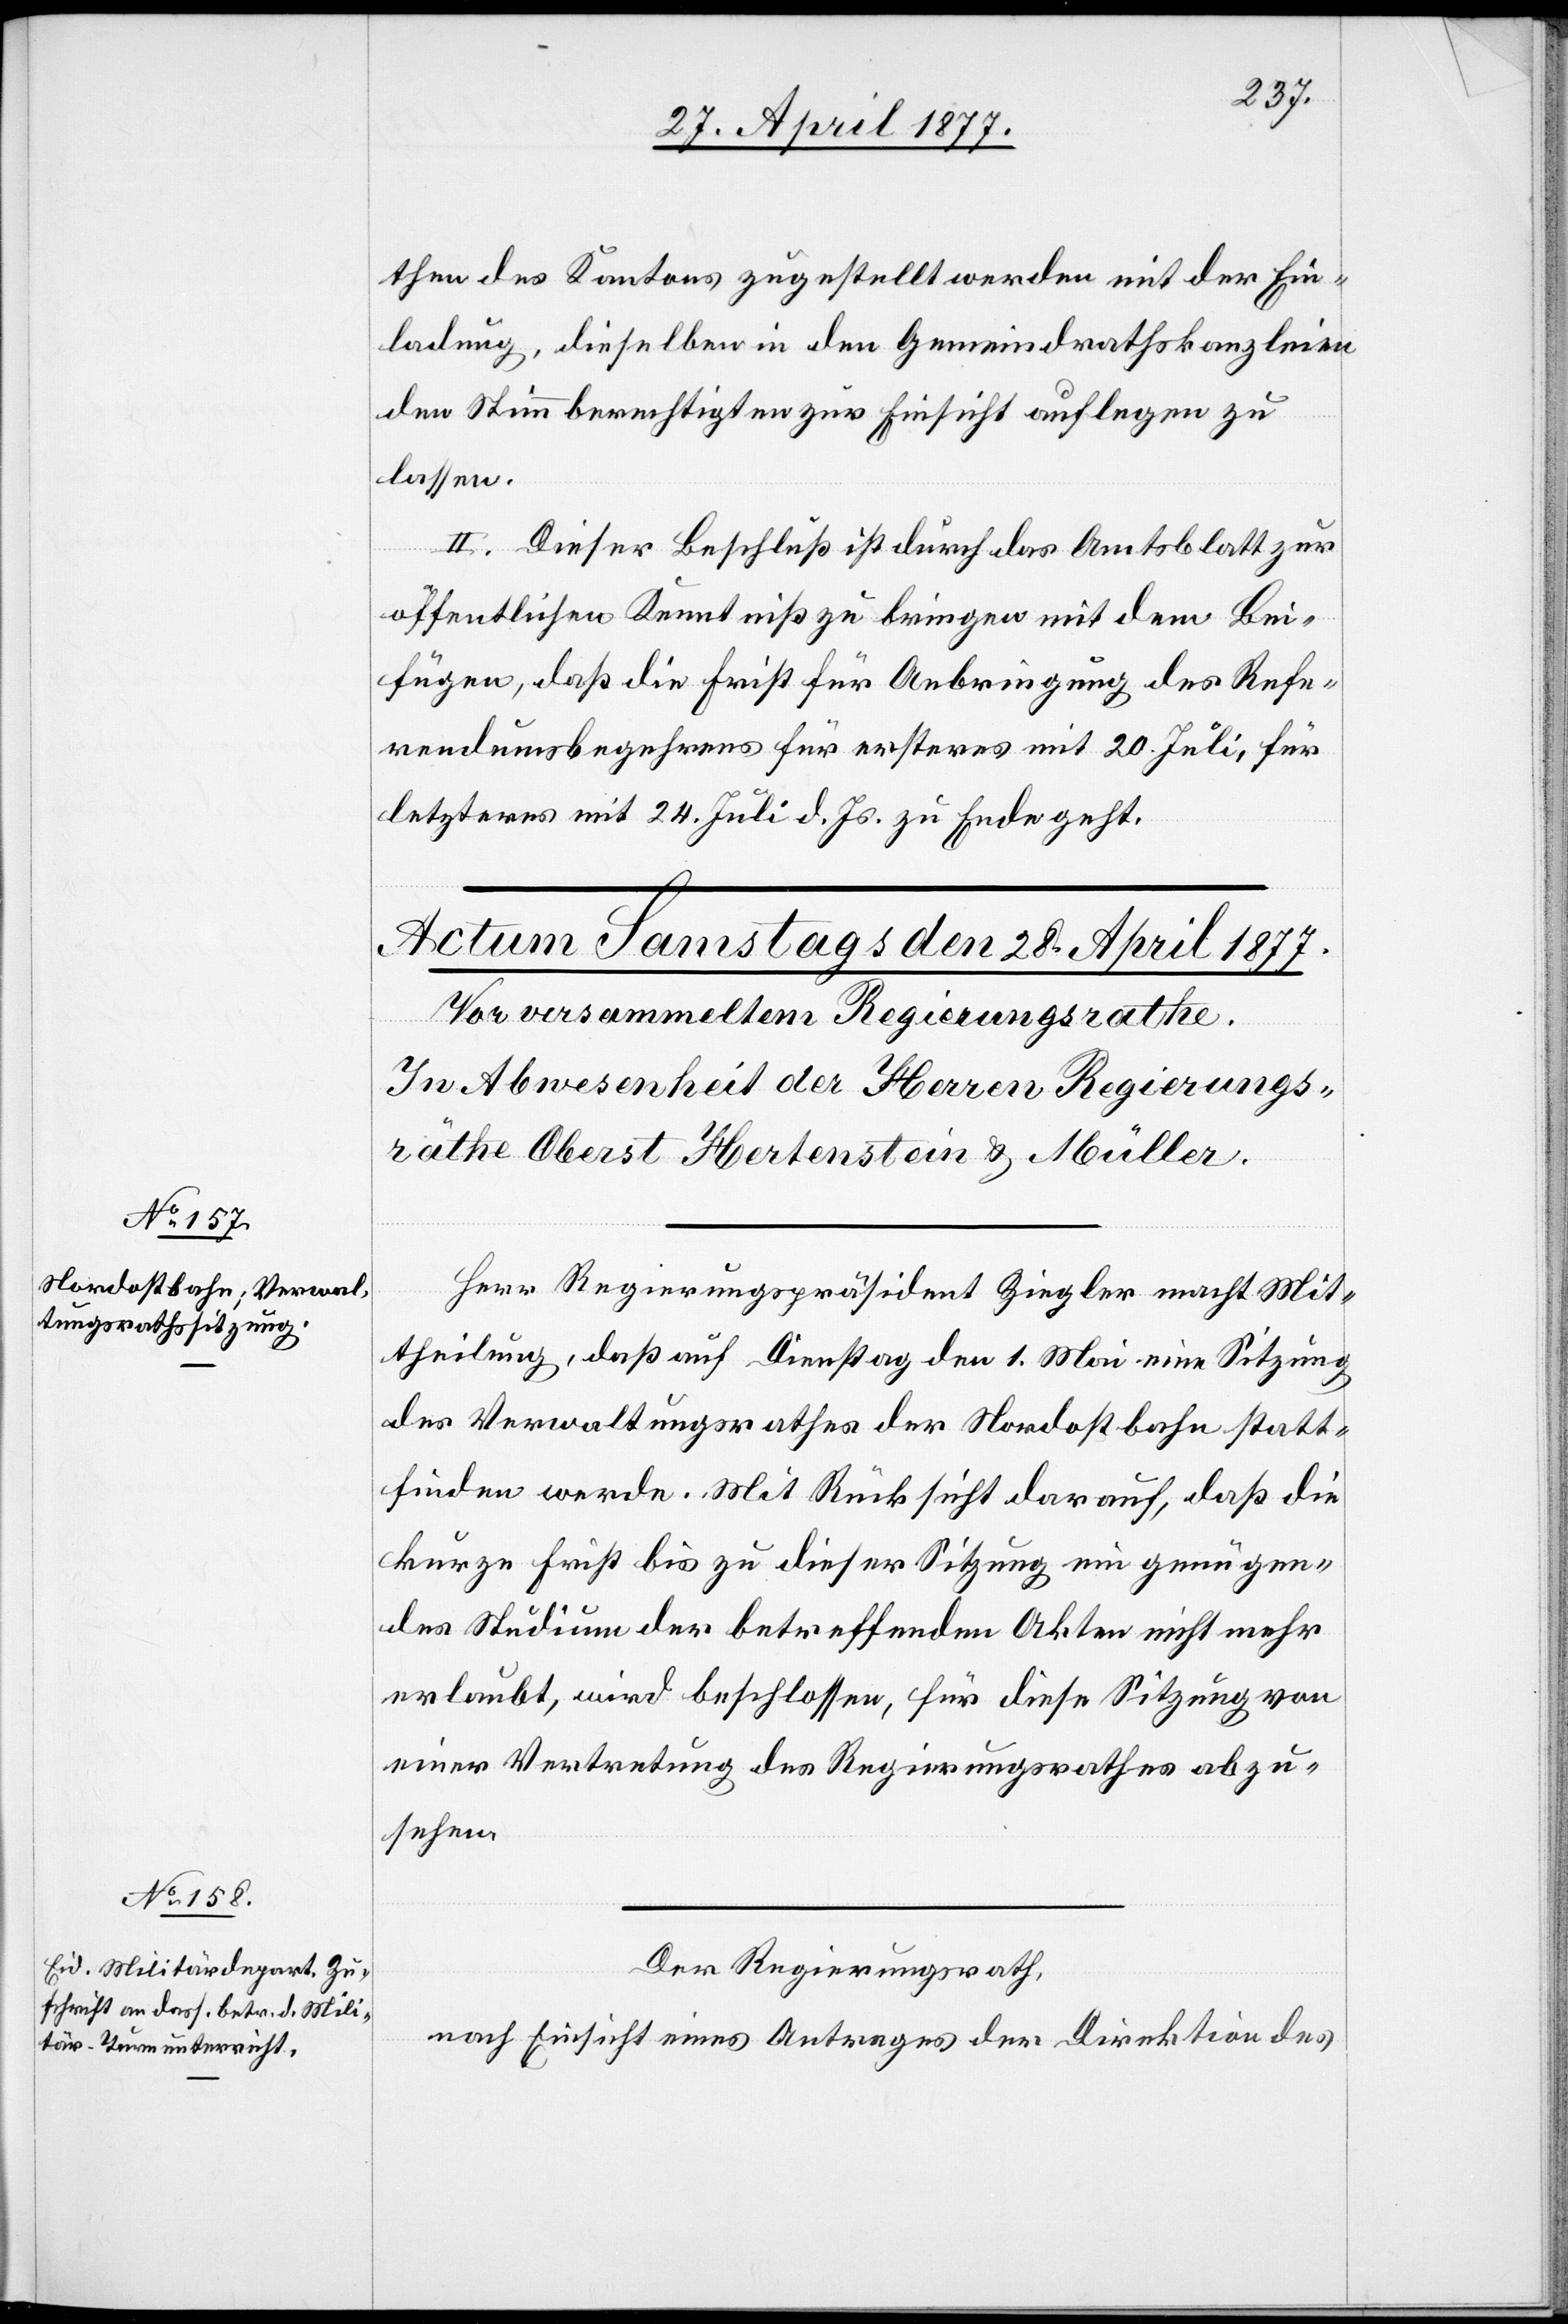
then des Kantons zugestellt werden mit der Ein¬
ladung, dieselben in den Gemeindrathskanzleien
den Stimmberechtigten zur Einsicht auflegen zu
lassen.
II. Dieser Beschluß ist durch das Amtsblatt zur
öffentlichen Kenntniß zu bringen mit dem Bei¬
fügen, daß die Frist für Anbringung des Refe¬
rendumsbegehrens für ersteres mit 20. Juli, für
letzteres mit 24. Juli d. Js. zu Ende geht.
Herr Regierungspräsident Ziegler macht Mit¬
theilung, daß auf Dienstag den 1. Mai eine Sitzung
des Verwaltungsrathes der Nordostbahn statt¬
finden werde. Mit Rücksicht darauf, daß die
kurze Frist bis zu dieser Sitzung ein genügen¬
des Studium der betreffenden Akten nicht mehr
erlaubt, wird beschlossen, für diese Sitzung von
einer Vertretung des Regierungsrathes abzu¬
sehen.
Der Regierungsrath,
nach Einsicht eines Antrages der Direktion des